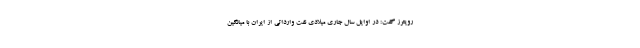
رویترز گفت: در اوایل سال جاری میلادی نفت وارداتی از ایران با میانگین